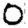
Digit: 0